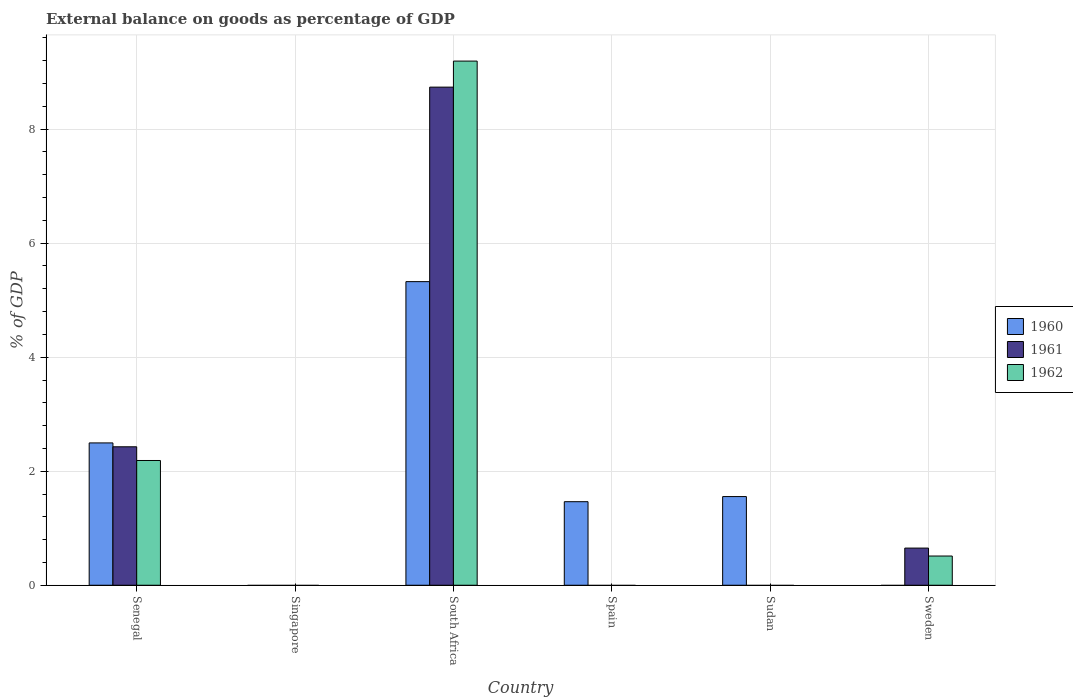
| Country | 1960 | 1961 | 1962 |
 | --- | --- | --- | --- |
 | Senegal | 2.5 | 2.43 | 2.19 |
 | Singapore | -13.7 | -14.6 | -10.4 |
 | South Africa | 5.33 | 8.74 | 9.19 |
 | Spain | 1.47 | -0.629 | -1.82 |
 | Sudan | 1.56 | -1.03 | -0.432 |
 | Sweden | -0.425 | 0.652 | 0.512 |